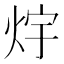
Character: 𭴟